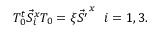
T _ { 0 } ^ { t } \vec { S } _ { i } ^ { x } T _ { 0 } = \xi \vec { S ^ { \prime } } ^ { x } \ \ i = 1 , 3 .